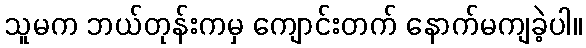
သူမက ဘယ်တုန်းကမှ ကျောင်းတက် နောက်မကျခဲ့ပါ။